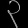
Digit: ၃